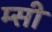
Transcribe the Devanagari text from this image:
म्सी